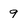
Character: 9